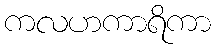
ကလဟကာရိကာ